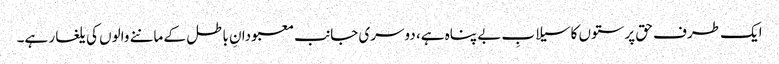
ایک طرف حق پرستوں کاسیلابِ بے پناہ ہے، دوسری جانب معبودانِ باطل کے ماننے والوں کی یلغار ہے۔